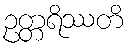
ဥတ္တရိဿတိ